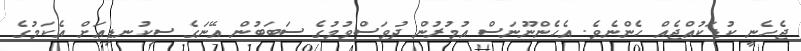
ޖެހެނީ ކުޑަކުއްޖެއް ހެންނެވެ. އެހެންނޫނަސް އުމުރުން ދުވަސްވުމުގެ ސަބަބުން އޭނަގެ ސިކުނޑިއަށް އެކަމުގެ